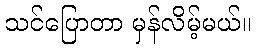
သင်ပြောတာ မှန်လိမ့်မယ်။